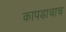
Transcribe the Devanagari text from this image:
कापडाचाच